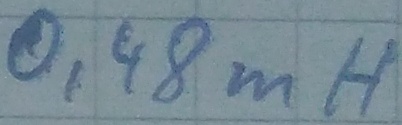
Text: 0,48mH